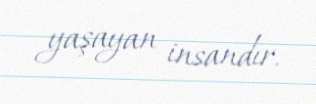
yaşayan insandır.